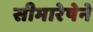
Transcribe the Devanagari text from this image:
सीमारेषेने